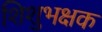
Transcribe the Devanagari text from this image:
शिशुभक्षक